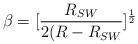
LaTeX: \begin{align*}\beta=[\frac{R_{SW}}{2(R-R_{SW}}]^{\frac{1}{2}}\end{align*}